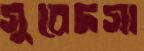
সুবেদসা